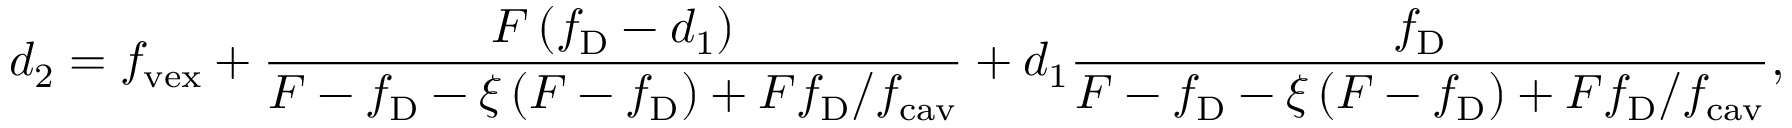
d _ { 2 } = f _ { \mathrm { v e x } } + \frac { F \left( f _ { \mathrm { D } } - d _ { 1 } \right) } { F - f _ { \mathrm { D } } - \xi \left( F - f _ { \mathrm { D } } \right) + F f _ { \mathrm { D } } / f _ { \mathrm { c a v } } } + d _ { 1 } \frac { f _ { \mathrm { D } } } { F - f _ { \mathrm { D } } - \xi \left( F - f _ { \mathrm { D } } \right) + F f _ { \mathrm { D } } / f _ { \mathrm { c a v } } } ,